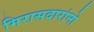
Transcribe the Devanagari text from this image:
मिरासदारांनो